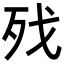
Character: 𣧌